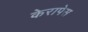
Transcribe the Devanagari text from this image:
केरापेस